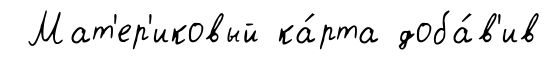
Мат'ер'иковый ка́рта доба́в'ив